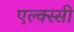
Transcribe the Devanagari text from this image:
एल्क्स्सी